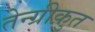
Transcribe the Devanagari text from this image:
तेन्ग्रीक़ुत